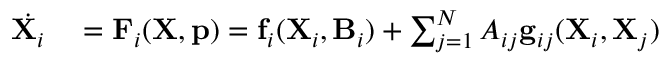
\begin{array} { r l } { \dot { \mathbf { X } _ { i } } } & { { } = \mathbf { F } _ { i } ( \mathbf { X } , \mathbf { p } ) = \mathbf { f } _ { i } ( \mathbf { X } _ { i } , \mathbf { B } _ { i } ) + \sum _ { j = 1 } ^ { N } A _ { i j } \mathbf { g } _ { i j } ( \mathbf { X } _ { i } , \mathbf { X } _ { j } ) } \end{array}